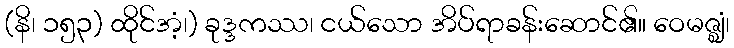
(နိ၊ ၁၅၃) ထိုင်အံ့၊) ခုဒ္ဒကဿ၊ ငယ်သော အိပ်ရာခန်းဆောင်၏။ ဝေမဇ္ဈံ၊